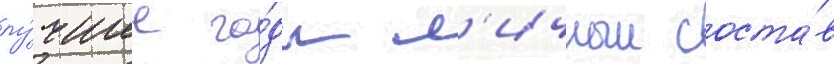
лу́чшие го́ды л'ичныи соста́в